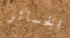
الخسائر